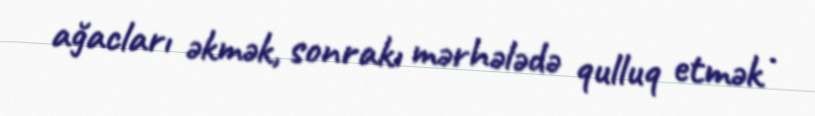
ağacları əkmək, sonrakı mərhələdə qulluq etmək .